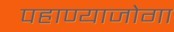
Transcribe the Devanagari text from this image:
पहाण्याजोगा